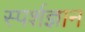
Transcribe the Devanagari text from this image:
स्‍पर्शज्ञान